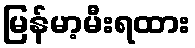
မြန်မာ့မီးရထား